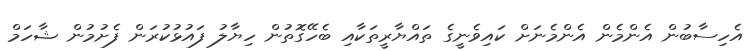
އެހިސާބުން އެންމެން އެންމެނަށް ކައިވެނީގެ ތައްޔާރީތަކާއި ބެހޭގޮތުން ހިޔާލު ފައުޅުކުރަން ފެށުމުން ޝާހަމް